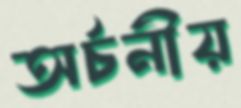
অর্চনীয়